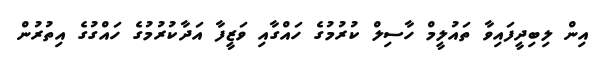
އިން ލިބިދީފައިވާ ތައުލީމް ހާސިލް ކުރުމުގެ ހައްގާއި ވަޒީފާ އަދާކުރުމުގެ ހައްގުގެ އިތުރުން